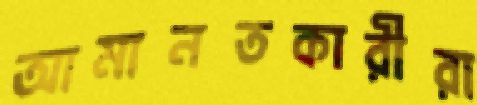
আমানতকারীরা